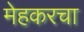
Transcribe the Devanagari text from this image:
मेहकरचा